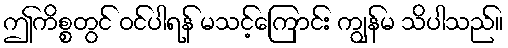
ဤကိစ္စတွင် ဝင်ပါရန် မသင့်ကြောင်း ကျွန်မ သိပါသည်။